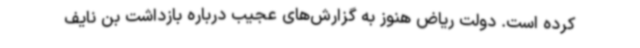
کرده است. دولت ریاض هنوز به گزارش‌های عجیب درباره بازداشت بن نایف